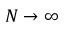
N \rightarrow \infty